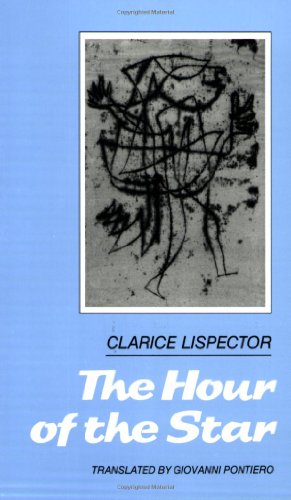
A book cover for The Hour of the Star (New Directions Paperbook); Clarice Lispector; Literature & Fiction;